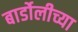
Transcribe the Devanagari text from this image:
बार्डोलीच्या